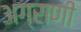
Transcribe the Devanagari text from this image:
अग्राणी